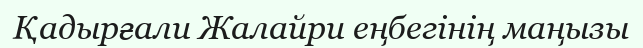
Қадырғали Жалайри еңбегінің маңызы